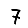
Digit: 7